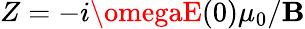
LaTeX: Z=-i\omegaE(0)\mu_{0}/\mathbf{B}